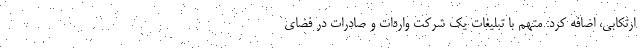
ارتکابی، اضافه کرد: متهم با تبلیغات یک شرکت واردات و صادرات در فضای